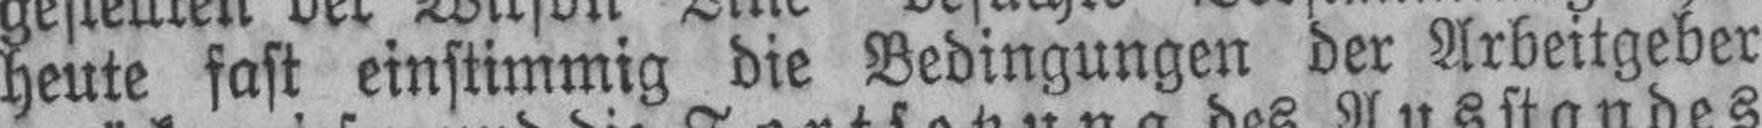
heute fast einstimmig die Bedingungen der Arbeitgeber